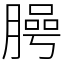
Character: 㬽